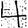
Digit: 4